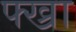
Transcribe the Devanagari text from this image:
फ्ख्रा